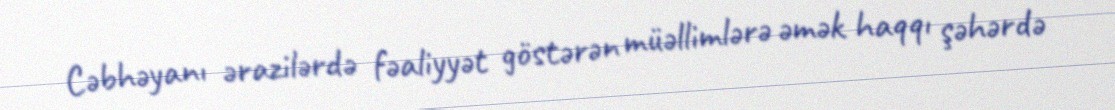
Cəbhəyanı ərazilərdə fəaliyyət göstərən müəllimlərə əmək haqqı şəhərdə